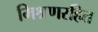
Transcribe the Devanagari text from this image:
मिश्रणरहित